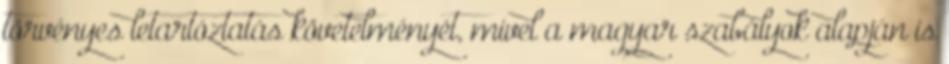
törvényes letartóztatás követelményét, mivel a magyar szabályok alapján is